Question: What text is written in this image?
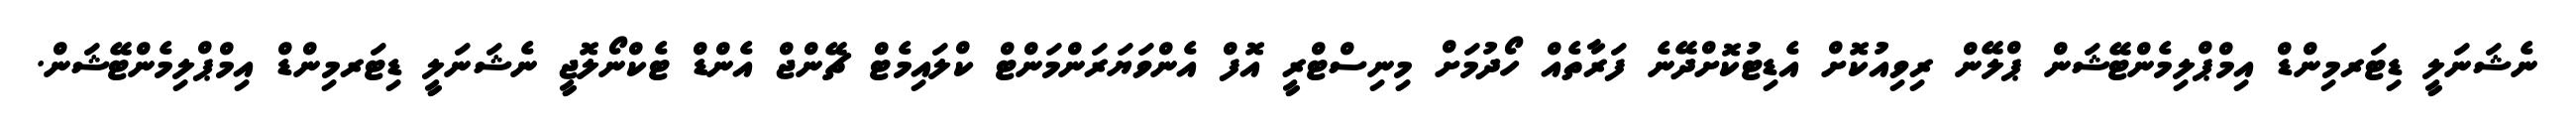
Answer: ނެޝަނަލީ ޑިޓަރމިންޑް އިމްޕްލިމެންޓޭޝަން ޕްލޭން ރިވިއުކޮށް އެޑިޓުކޮށްދޭނެ ފަރާތެއް ހޯދުމަށް މިނިސްޓްރީ އޮފް އެންވަޔަރަންމަންޓް ކްލައިމެޓް ޗޭންޖް އެންޑް ޓެކްނޯލޮޖީ ނެޝަނަލީ ޑިޓަރމިންޑް އިމްޕްލިމެންޓޭޝަން.